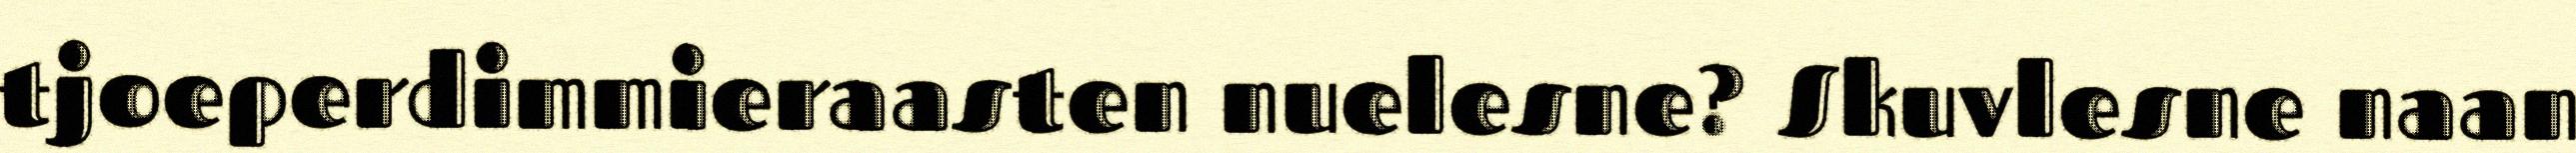
tjoeperdimmieraasten nuelesne? Skuvlesne naan